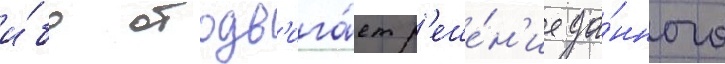
и́бо отодв'ига́ет р'еше́н'ие да́нного